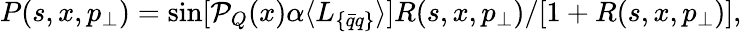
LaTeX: P(s,x,p_{\perp})=\sin[{\cal{P}}_{Q}(x)\alpha\langle L_{\{ \bar{q}q\} }\rangle]{R(s,x,p_{\perp})}/{[1+R(s,x,p_{\perp})]},